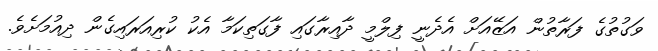
ވަގުތުގެ ފަރާތުން އަޒޭއަށް އެދެނީ ފިލްމީ ދާއިރާގައި ފާގަތިކަމާ އެކު ކުރިއަރައިގެން ދިއުމަށެވެ.